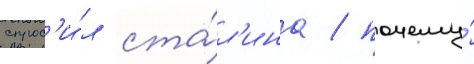
спрос'и́л ста́л'ина / почему́